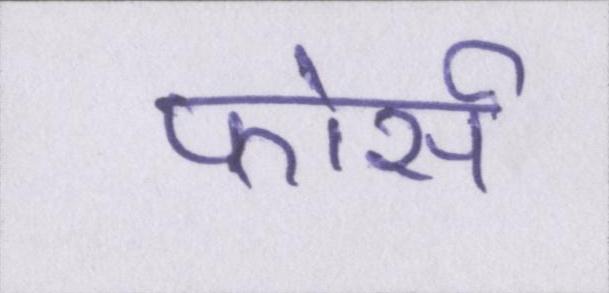
फोर्स